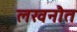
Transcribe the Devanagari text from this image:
लखनौत